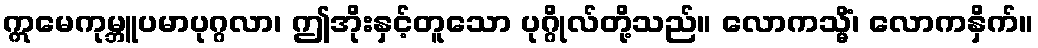
ဣမေကုမ္ဘူပမာပုဂ္ဂလာ၊ ဤအိုးနှင့်တူသော ပုဂ္ဂိုလ်တို့သည်။ လောကသ္မိံ၊ လောကနှိက်။